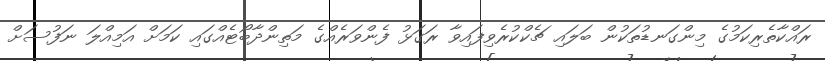
ރައްކާތެރިކަމުގެ މިންގަނޑުތަކުން ބަލައި ޗެކްކުރެވިފައިވާ ރަގަޅު ފެންވަރެއްގެ މަތިންދާބޯޓެއްގައި ކަމަށް އަމިއްލަ ނަފުސަށް